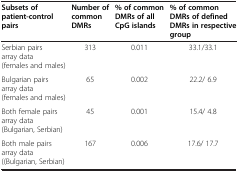
| Subsets of patient-control pairs | Number of common DMRs | % of common DMRs of all CpG islands | % of commonDMRs of defined DMRs in respective group |
 | --- | --- | --- | --- |
 | Serbian pairs array data (females and males) | 313 | 0.011 | 33.1/33.1 |
 | Bulgarian pairs array data (females and males) | 65 | 0.002 | 22.2/ 6.9 |
 | Both female pairs array data (Bulgarian, Serbian) | 45 | 0.001 | 15.4/ 4.8 |
 | Both male pairs array data ((Bulgarian, Serbian) | 167 | 0.006 | 17.6/ 17.7 |